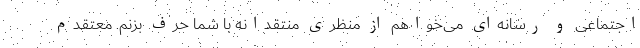
اجتماعی و رسانه‌ای می‌خواهم از منظری منتقدانه با شما حرف بزنم. معتقدم